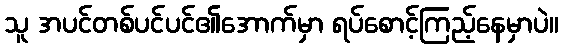
သူ အပင်တစ်ပင်ပင်၏အောက်မှာ ရပ်စောင့်ကြည့်နေမှာပဲ။